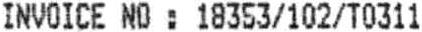
INVOICE NO : 18353/102/T0311